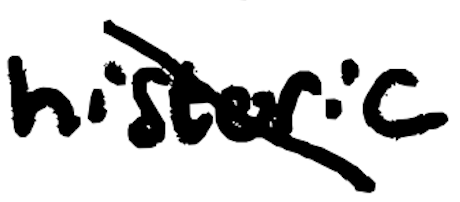
Text: historic
Cross-out: diagonal
Writing tool: digital_black